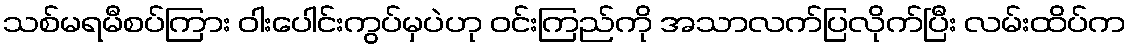
သစ်မရမီစပ်ကြား ဝါးပေါင်းကွပ်မှပဲဟု ဝင်းကြည်ကို အသာလက်ပြလိုက်ပြီး လမ်းထိပ်က